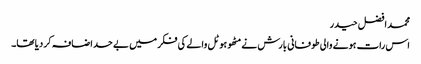
محمد افضل حیدر
اس رات ہونے والی طوفانی بارش نے مٹھو ہوٹل والے کی فکر میں بے حد اضافہ کر دیا تھا۔